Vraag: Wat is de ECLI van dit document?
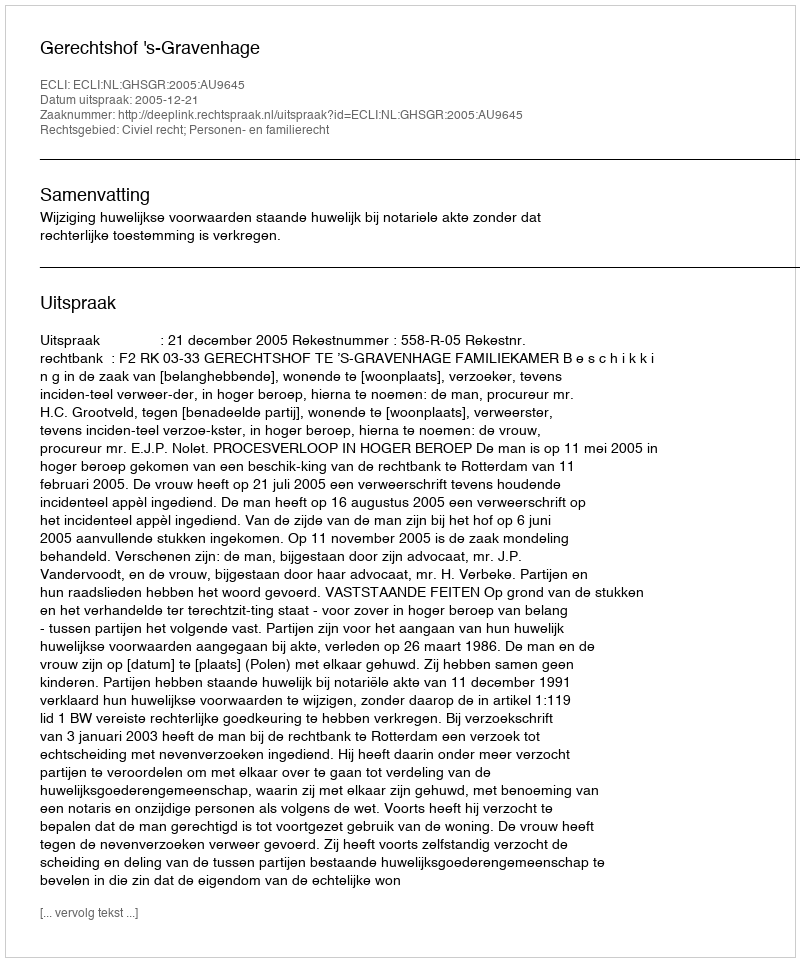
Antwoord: ECLI:NL:GHSGR:2005:AU9645